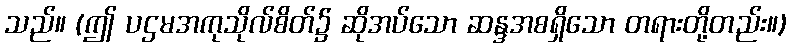
သည်။ (ဤ ပဌမအကုသိုလ်စိတ်၌ ဆိုအပ်သော ဆန္ဒအစရှိသော တရားတို့တည်း။)